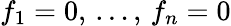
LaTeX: f_{1}=0,\, \ldots,\, f_{n}=0